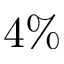
4 \%